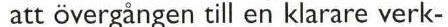
 att övergangen till en klarare verk-